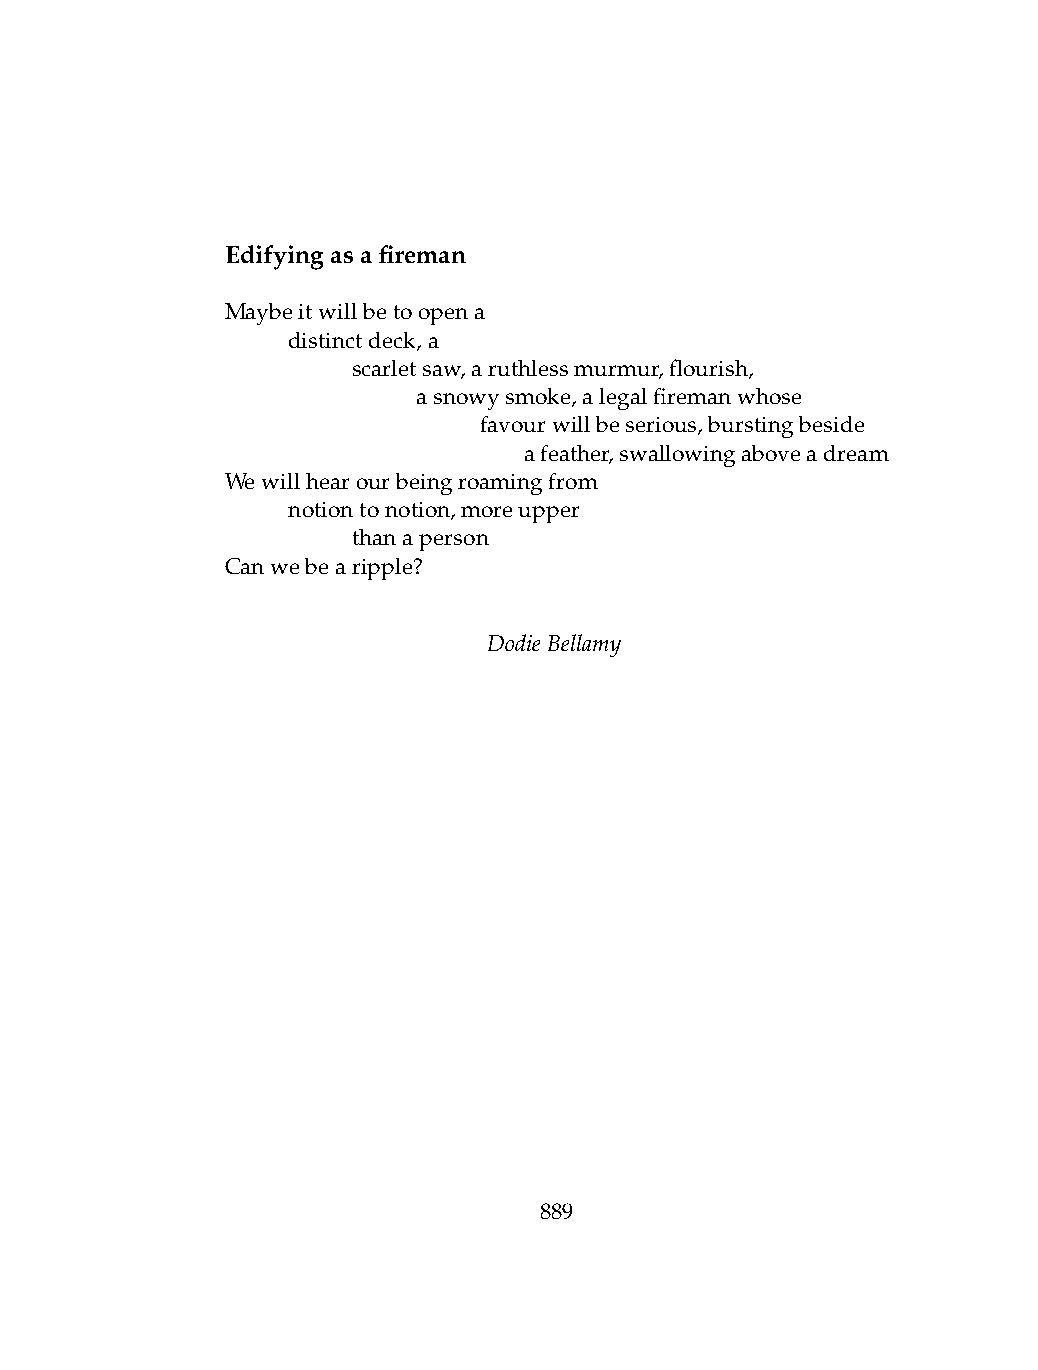
Edifyingasafireman
 Maybeitwillbetoopena
 .   distinctdeck,a
 .   .   scarletsaw,aruthlessmurmur,flourish,
 .   .   .    asnowysmoke,alegalfiremanwhose
 .   .   .    .   favourwillbeserious,burstingbeside
 .   .   .   .   .   afeather,swallowingaboveadream
 Wewillhearourbeingroamingfrom
 .   notiontonotion,moreupper
 .   .   thanaperson
 Canwebearipple?
 DodieBellamy
 889